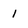
Character: 1